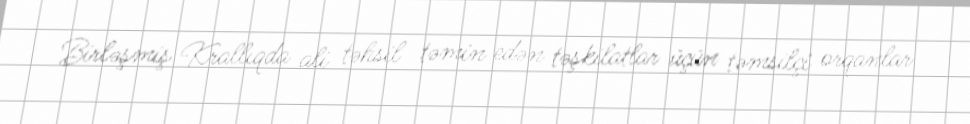
Birləşmiş Krallıqda ali təhsil təmin edən təşkilatlar üçün təmsilçi orqanlar